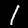
Label: 1